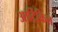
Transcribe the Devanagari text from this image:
आर्टिकिल